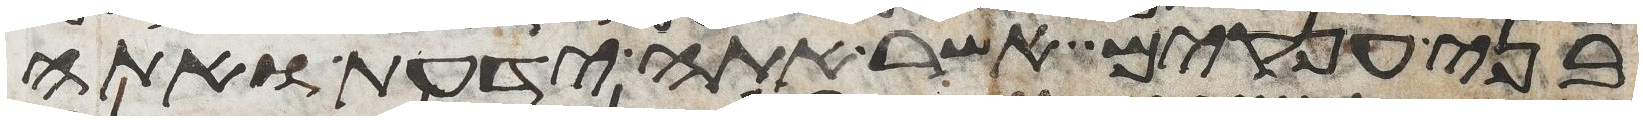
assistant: בני ענקים אשר אתה ידעת ואתה